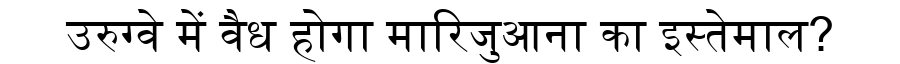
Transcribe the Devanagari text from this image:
उरुग्वे में वैध होगा मारिजुआना का इस्तेमाल?